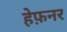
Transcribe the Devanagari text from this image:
हेफ़नर